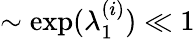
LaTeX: \sim\exp(\lambda_{1}^{(i)})\ll 1